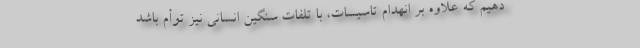
دهیم که علاوه بر انهدام تاسیسات، با تلفات سنگین انسانی نیز توأم باشد